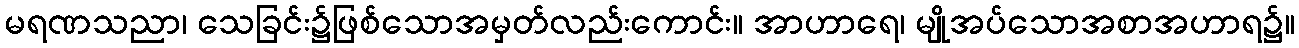
မရဏသညာ၊ သေခြင်း၌ဖြစ်သောအမှတ်လည်းကောင်း။ အာဟာရေ၊ မျိုအပ်သောအစာအဟာရ၌။